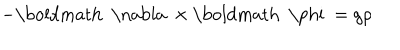
LaTeX: - \mathrm { \boldmath ~ \nabla ~ } \times \mathrm { \boldmath ~ \ p h i ~ } = g \rho